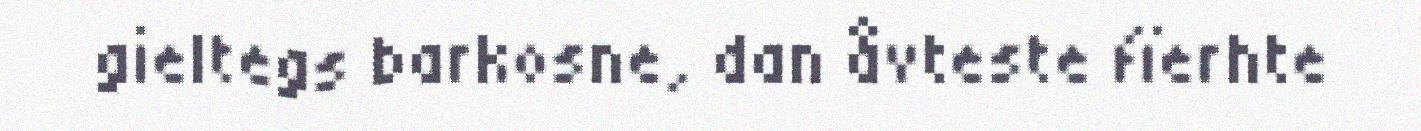
gieltegs barkosne, dan åvteste fïerhte